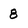
Character: 8